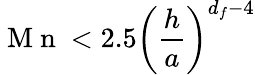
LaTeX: \mathrm{~M~n~}<2.5\left(\frac{h}{a}\right)^{d_{f}-4}